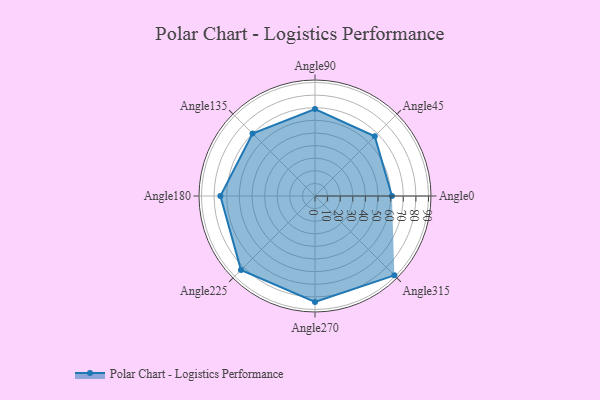
{"axis": {"x": "Angle", "y": "Radius"}, "legend": [""], "data": [{"x": "Angle0", "y": 61.0, "type": ""}, {"x": "Angle45", "y": 67.0, "type": ""}, {"x": "Angle90", "y": 69.0, "type": ""}, {"x": "Angle135", "y": 70.0, "type": ""}, {"x": "Angle180", "y": 75.0, "type": ""}, {"x": "Angle225", "y": 83.0, "type": ""}, {"x": "Angle270", "y": 84.0, "type": ""}, {"x": "Angle315", "y": 89.0, "type": ""}]}